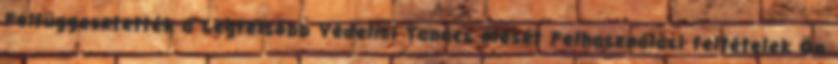
Felfüggesztették a Legfelsőbb Védelmi Tanács ülését Felhasználási feltételek Ön